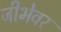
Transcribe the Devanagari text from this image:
जीभेवर